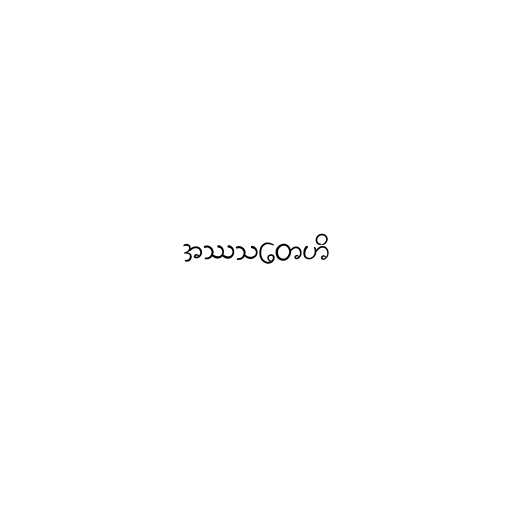
အဿသတေဟိ